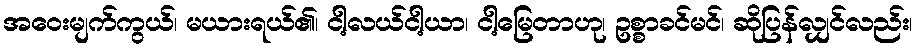
အဝေးမျက်ကွယ်၊ မယားရယ်၏၊ ငါ့လယ်ငါ့ယာ၊ ငါ့မြေတာဟု၊ ဥစ္စာခင်မင်၊ ဆိုပြန်လျှင်လည်း၊